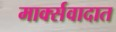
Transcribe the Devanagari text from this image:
मार्क्सवादात